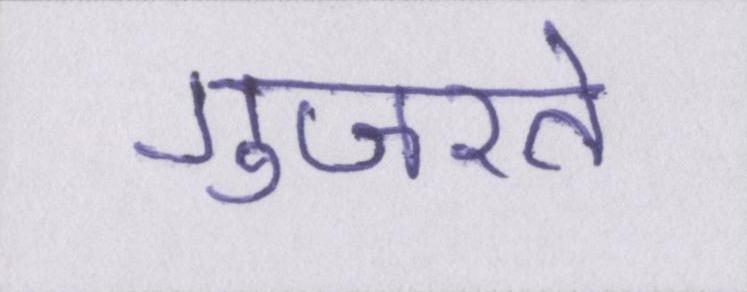
गुजरते